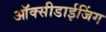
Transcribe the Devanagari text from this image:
ऑक्सीडाईजिंग